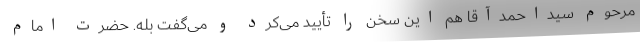
مرحوم سیداحمدآقا هم این سخن را تأیید می‌کرد و می‌گفت بله. حضرت امام